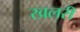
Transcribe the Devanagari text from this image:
खलरी